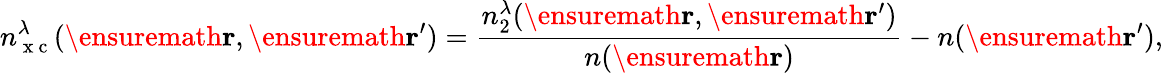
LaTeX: n_{\mathrm{~x~c~}}^{\lambda}(\ensuremath{\mathbf{r}},\ensuremath{\mathbf{r}}^{\prime})=\frac{n_{2}^{\lambda}(\ensuremath{\mathbf{r}},\ensuremath{\mathbf{r}}^{\prime})}{n(\ensuremath{\mathbf{r}})}-n(\ensuremath{\mathbf{r}}^{\prime}),